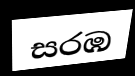
සරඹ